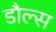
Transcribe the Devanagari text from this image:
डौल्स